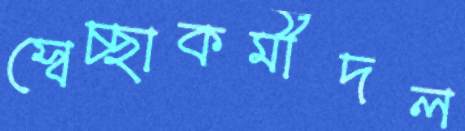
স্বেচ্ছাকর্মীদল